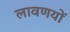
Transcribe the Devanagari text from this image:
लावणयों